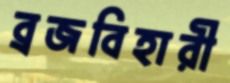
ব্রজবিহারী